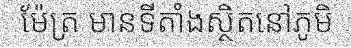
ម៉ែត្រ មានទីតាំងស្ថិតនៅភូមិ